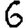
Digit: 6